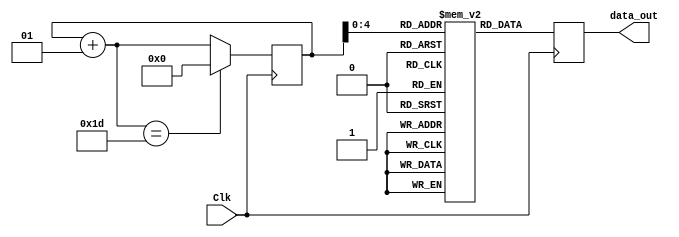
`timescale 1ns / 1ps
//////////////////////////////////////////////////////////////////////////////////
// Company: 
// 
// Design Name: 
// Module Name:    sineWaveExample 
// Project Name: 
// Target Devices: 
// Tool versions: 
// Description: 
//
// Dependencies: 
//
// Revision: 
// Revision 0.01 - File Created
// Additional Comments: 
// http://verilogcodes.blogspot.com/2015/11/verilog-code-for-simple-sine-wave.html
//////////////////////////////////////////////////////////////////////////////////
 module sine_wave_gen(Clk,data_out);
//declare input and output
    input Clk;
    output [7:0] data_out;
//declare the sine ROM - 30 registers each 8 bit wide.  
    reg [7:0] sine [0:29];
//Internal signals  
    integer i;  
    reg [7:0] data_out; 
//Initialize the sine rom with samples. 
    initial begin
        i = 0;
        sine[0] = 0;
        sine[1] = 16;
        sine[2] = 31;
        sine[3] = 45;
        sine[4] = 58;
        sine[5] = 67;
        sine[6] = 74;
        sine[7] = 77;
        sine[8] = 77;
        sine[9] = 74;
        sine[10] = 67;
        sine[11] = 58;
        sine[12] = 45;
        sine[13] = 31;
        sine[14] = 16;
        sine[15] = 0;
        sine[16] = -16;
        sine[17] = -31;
        sine[18] = -45;
        sine[19] = -58;
        sine[20] = -67;
        sine[21] = -74;
        sine[22] = -77;
        sine[23] = -77;
        sine[24] = -74;
        sine[25] = -67;
        sine[26] = -58;
        sine[27] = -45;
        sine[28] = -31;
        sine[29] = -16;
    end
    
    //At every positive edge of the clock, output a sine wave sample.
    always@ (posedge(Clk))
    begin
        data_out = sine[i];
        i = i+ 1;
        if(i == 29)
            i = 0;
    end

endmodule